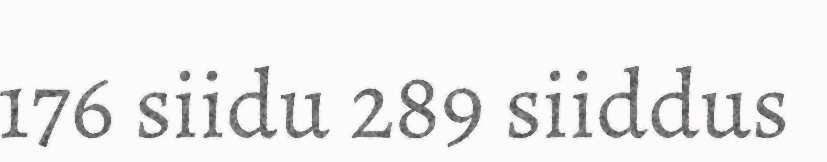
176 siidu 289 siiddus